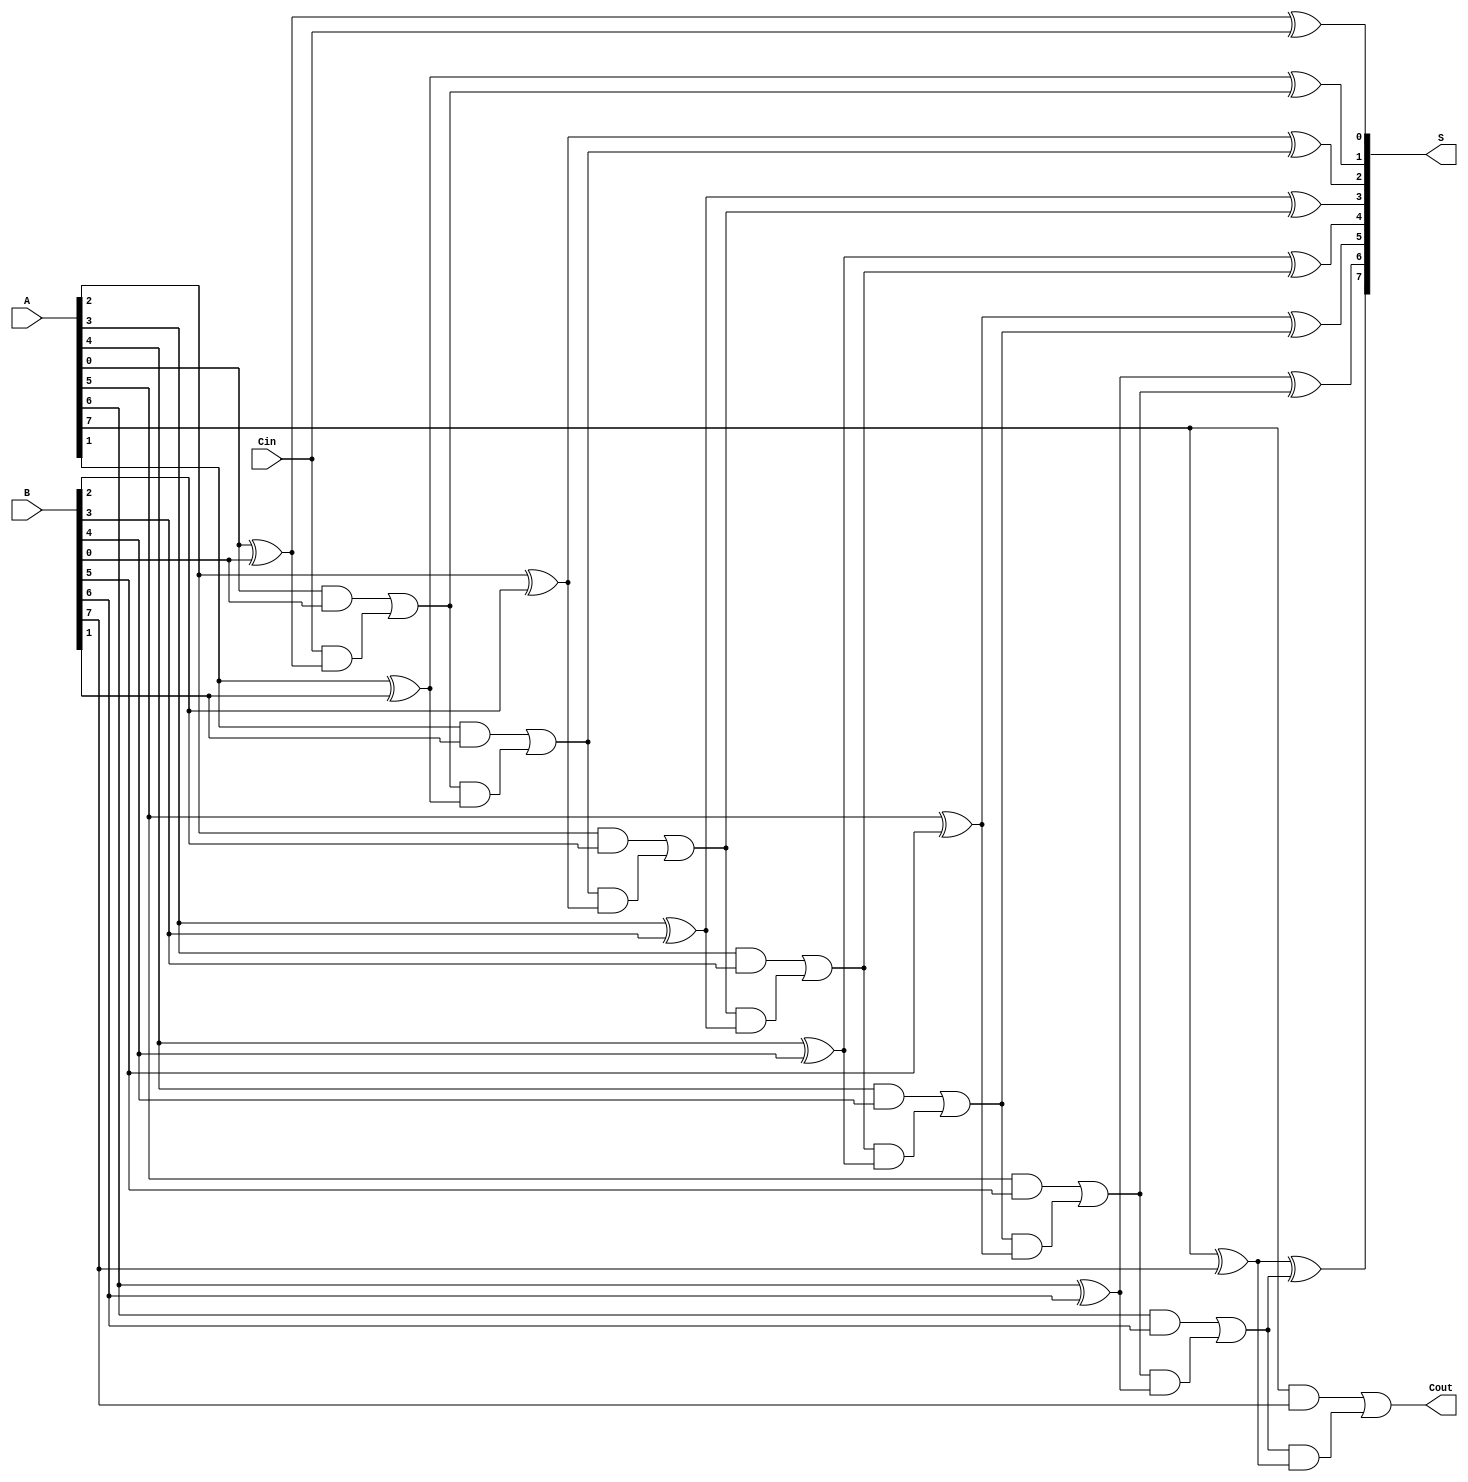
module manchester_carry_chain_adder #(parameter N = 8) (
    input  wire [N-1:0] A,     // First n-bit input
    input  wire [N-1:0] B,     // Second n-bit input
    input  wire Cin,            // Input carry
    output wire [N-1:0] S,      // n-bit sum output
    output wire Cout            // Output carry
);

    wire [N:0] C; // Carry chain, C[0] is Cin, C[N] is Cout

    // Assign the first carry
    assign C[0] = Cin;

    genvar i;
    generate
        for (i = 0; i < N; i = i + 1) begin : full_adder
            // Sum calculation using XOR gates
            assign S[i] = A[i] ^ B[i] ^ C[i];

            // Carry calculation using the carry generation logic
            assign C[i + 1] = (A[i] & B[i]) | (C[i] & (A[i] ^ B[i]));
        end
    endgenerate

    // Final carry out
    assign Cout = C[N];

endmodule